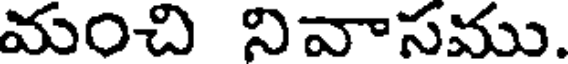
మంచి నివాసము.